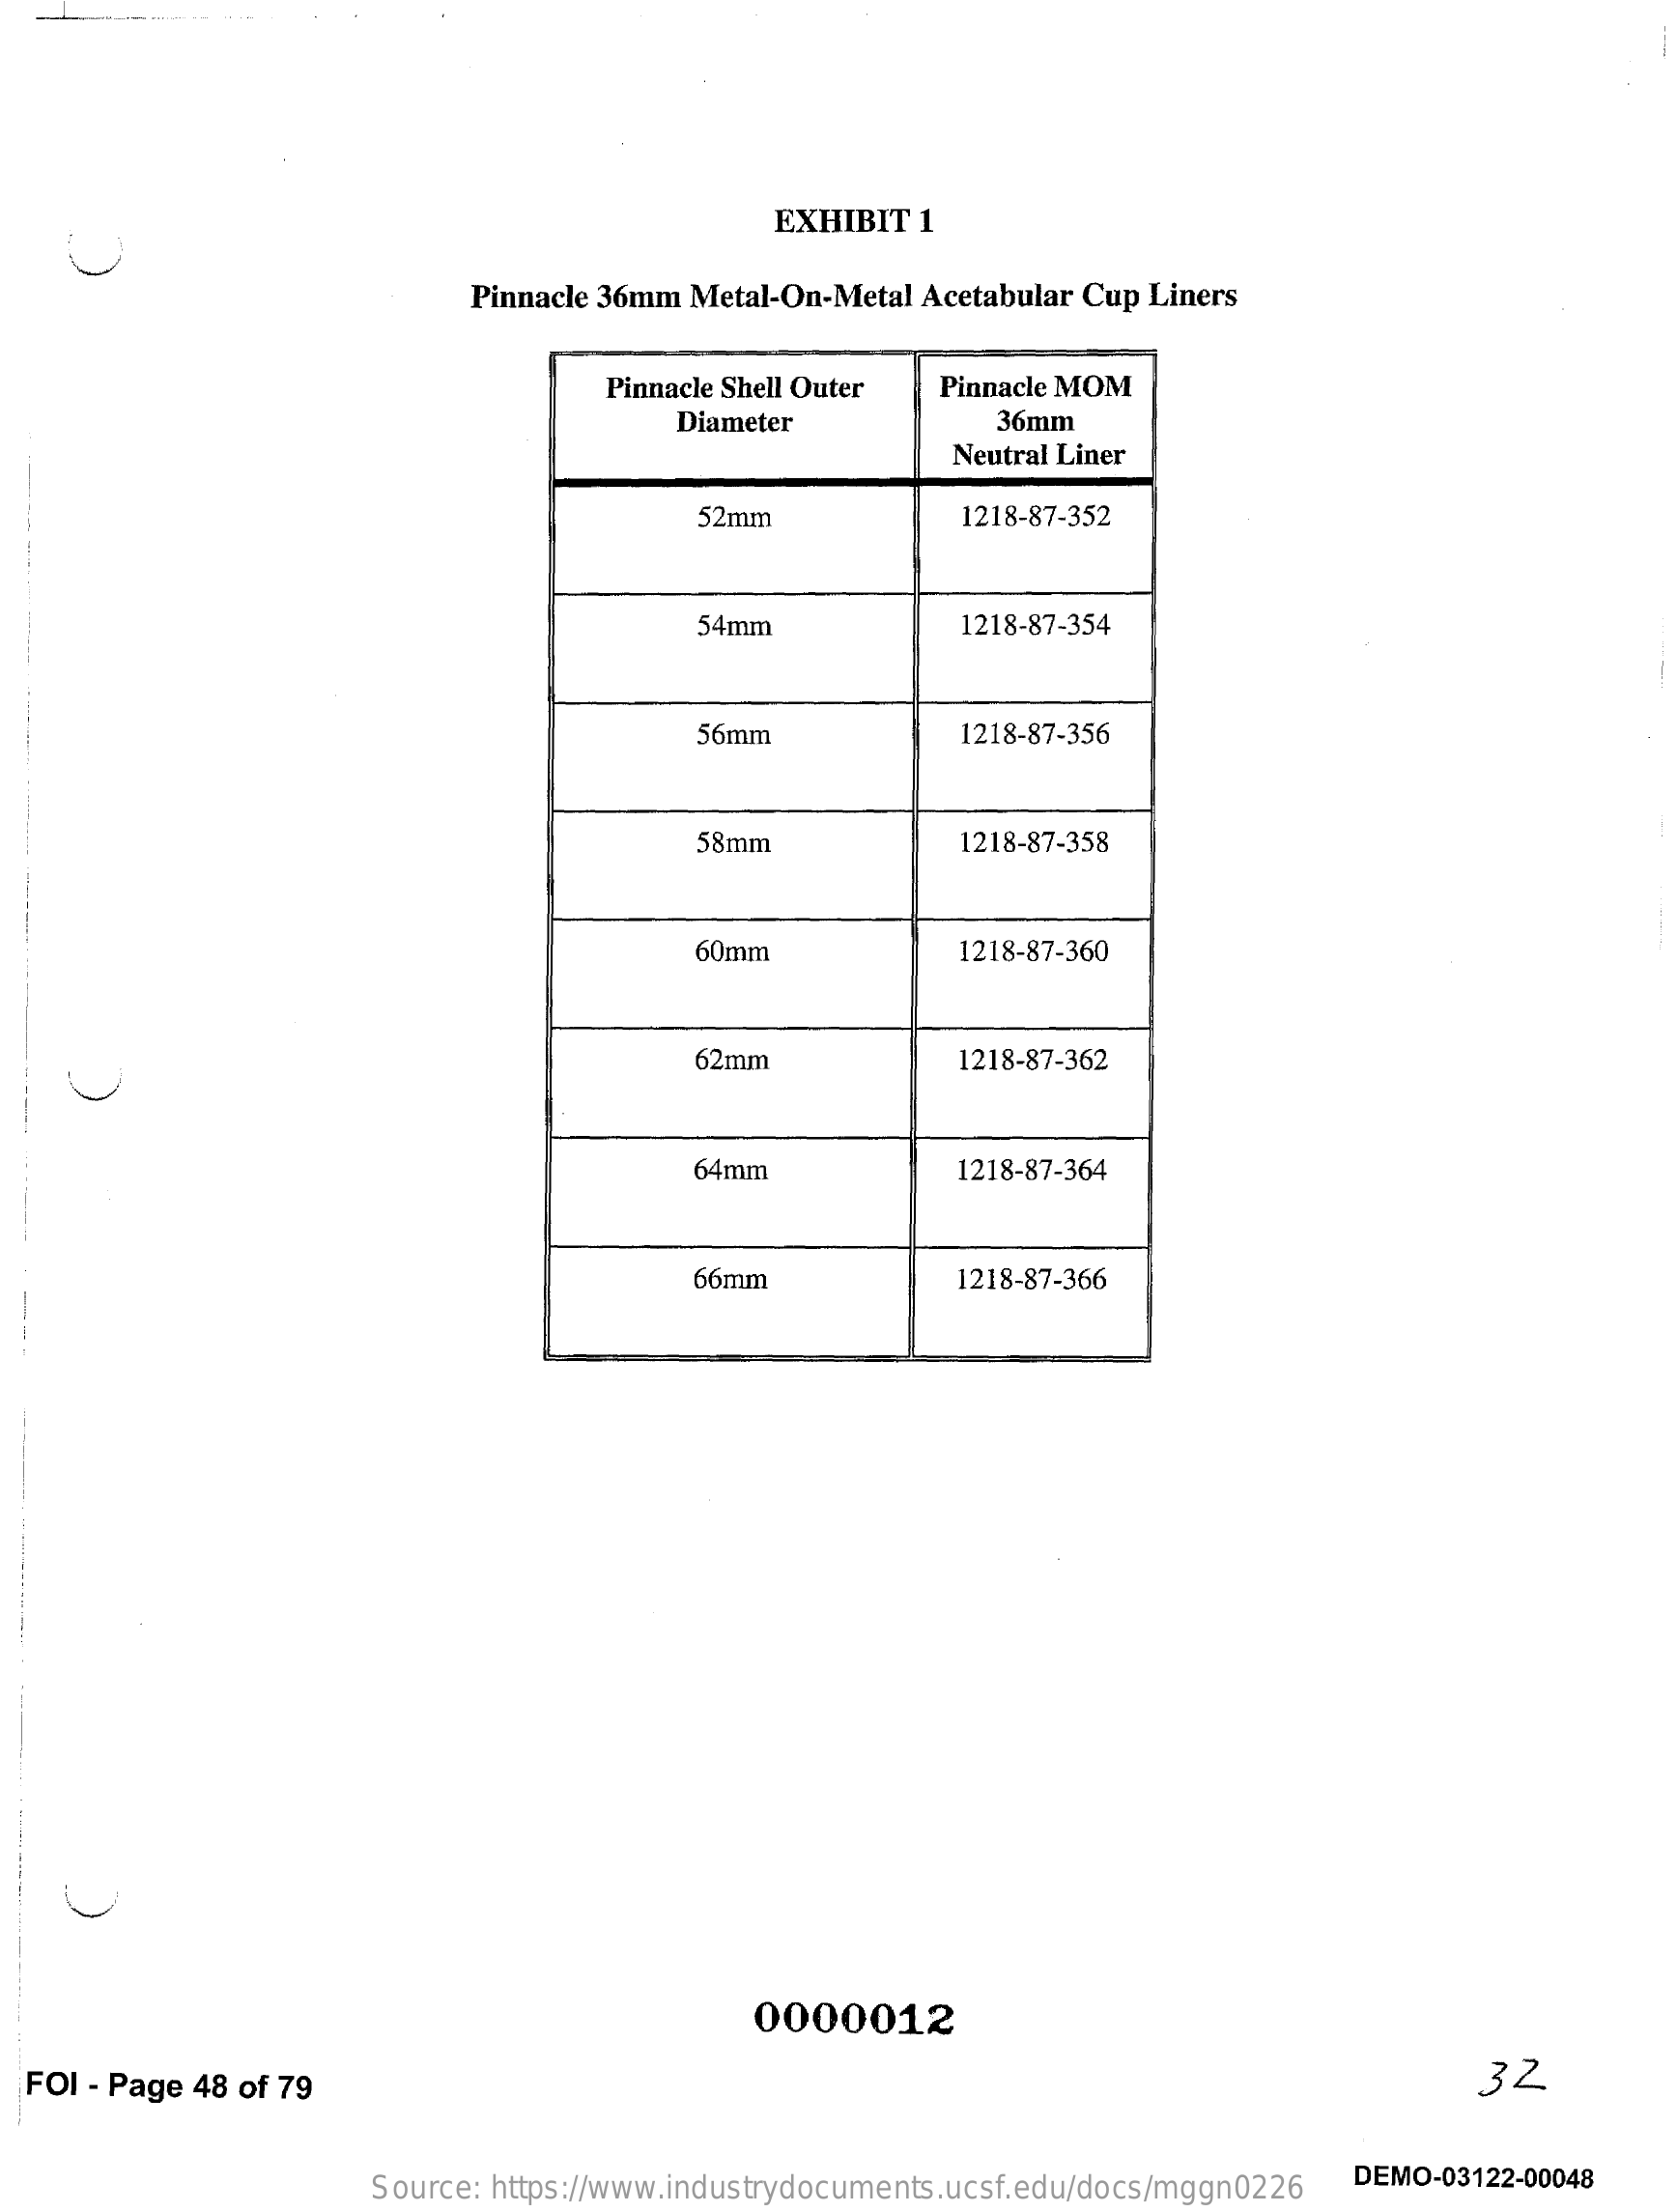
EXHIBIT 1
     Pinnacle 36mm Metal-On-Metal Acetabular Cup Liners
     Pinnacle Shell Outer Pinnacle MOM
     Diameter    36mm
     Neutral Liner
     52mm    1218-87-352
     54mm    1218-87-354
     56mm    1218-87-356
     58mm    1218-87-358
     60mm    1218-87-360
     62mm    1218-87-362
     64mm    1218-87-364
     66mm    1218-87-366
     0000012
  FOI - Page 48 of 79    32
     Source: https://www.industrydocuments.ucsf.edu/docs/mggn0226 DEMO-03122-00048